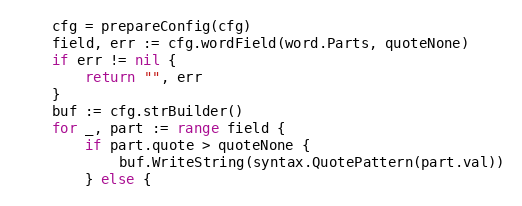
Language: Go
	cfg = prepareConfig(cfg)
	field, err := cfg.wordField(word.Parts, quoteNone)
	if err != nil {
		return "", err
	}
	buf := cfg.strBuilder()
	for _, part := range field {
		if part.quote > quoteNone {
			buf.WriteString(syntax.QuotePattern(part.val))
		} else {